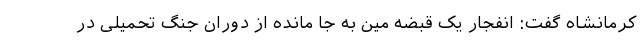
کرمانشاه گفت: انفجار یک قبضه مین به جا مانده از دوران جنگ تحمیلی در